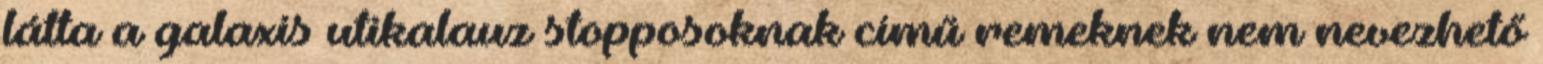
látta a galaxis utikalauz stopposoknak című remeknek nem nevezhető